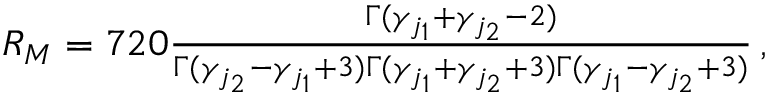
\begin{array} { r } { R _ { M } = 7 2 0 \frac { \Gamma ( \gamma _ { j _ { 1 } } + \gamma _ { j _ { 2 } } - 2 ) } { \Gamma ( \gamma _ { j _ { 2 } } - \gamma _ { j _ { 1 } } + 3 ) \Gamma ( \gamma _ { j _ { 1 } } + \gamma _ { j _ { 2 } } + 3 ) \Gamma ( \gamma _ { j _ { 1 } } - \gamma _ { j _ { 2 } } + 3 ) } \, , } \end{array}